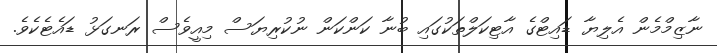
ނާޒިމްމެން އެލިޔާ ޑައިޓްގެ އާޓިކަލްތަކުގައި ބުނާ ކަންކަން ނުކުރިޔަސް މިއީވެސް ރަނގަޅު ޑައެޓެކެވެ.